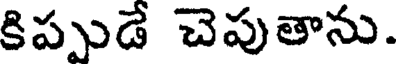
కిప్పుడే చెపుతాను.